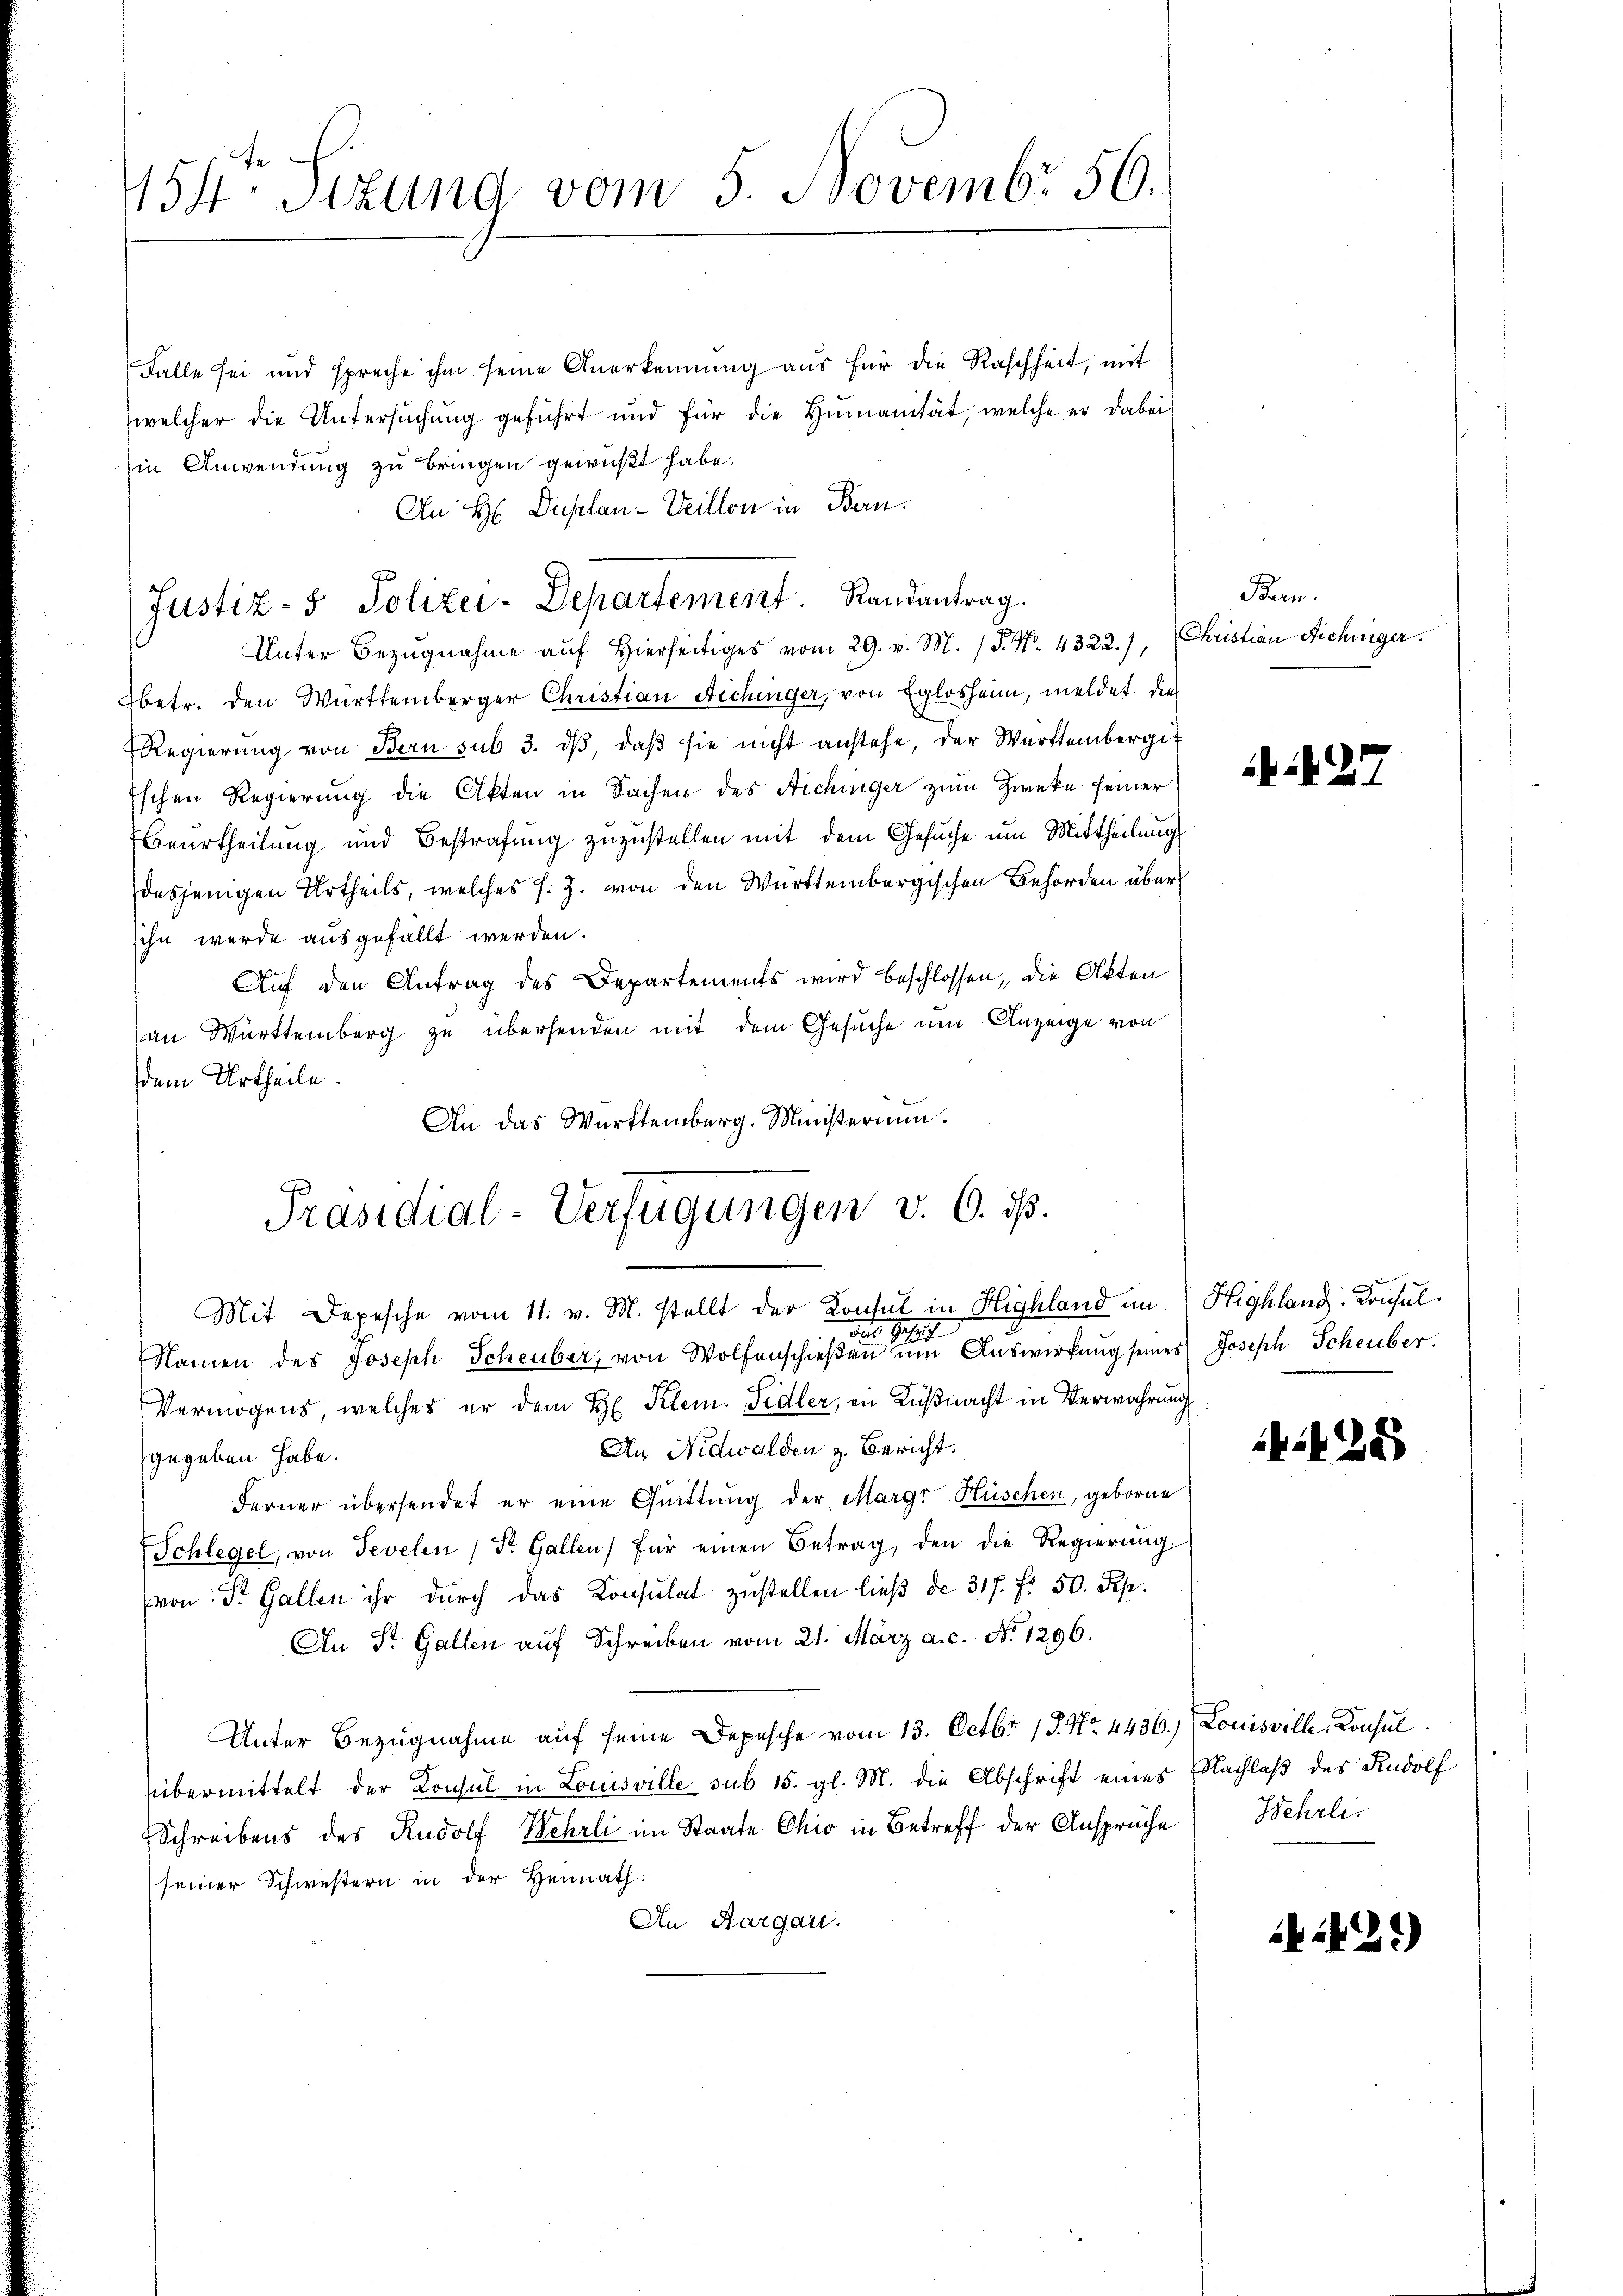
454. Sizung vom 5. Novembr 50.

Falle sei und spreche ihm seine Anerkennung aus für die Raschheit, mit
welcher die Untersŭchŭng geführt und für die Humanität, welche er dabei
in Anwendung zu bringen gewußt habe.
An H Duplan- Veillon in Bern.
Unter Bezugnahme auf Hierseitiges vom 29. v. M. P. Nr. 4322.)
Ebetr. den Württemberger Christian Aichinger, von Eglosheim, meldet dies
Regierŭng von Bern sub 3. dβ, daβ sie nicht anstehe, der Württembergit
Eschen Regierung die Akten in Sachen des Aichinger zum Zwecke seiner
beurtheilŭng und Bestrafŭng zŭzŭstellen mit dem Gesŭche um Mittheilŭng
dasjenigen Urtheils, welches s. Z. von den Württembergischen Behörden über
sihn werde ausgefällt werden.
Auf den Antrag des Departements wird beschlossen, die Akten
an Württemberg zu übersenden mit dem Gesuche um Anzeige von
dem Urtheile.
An das Württemberg. Ministerium.
Präsidial-Verfügungen v. 6. ds.
Mit Depesche vom 11. v. M. stellt der Konsul in Highland im Highland. Konsuldes Gesuch
Namen des Joseph Scheuber, von Wolfenschieβen ŭm Aŭswirkung seines Joseph Scheuber.
Vermögens, welches er dem H. Klem. Fidler, in Küßnacht in Verwahrung
An Nidwalden z. Bericht.
gegeben habe.
Ferner übersendet er eine Quittung der MargrHüschen, geborne
Schlegel, von Sevelen (St. Gallen, für einen Betrag, den die Regierung
von: St. Gallen ihr durch das Konsulat zustellen ließ da 317. f. 50. Sep.
An St. Gallen auf Schreiben vom 21. März a. c. No 1296.
Unter Bezugnahme auf seine Depesche vom 13. Octbr. 18. No. 4436.) Louisville, Konsul
übermittelt der Konsul in Louisville sub 15. gl. M. die Abschrift eines Nachlaβ des Rudolf
Schreibens des Rudolf Wehrli im Staate Chio in Betreff der Ansprüche Wehrliseiner Schwestern in der Heimath:
An Aargau.

Justiz- & Polizei-Departement. Randantrag.

Bern.
Christian Nichinger.

425

1429)